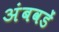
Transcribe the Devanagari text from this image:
अंबवडें